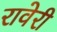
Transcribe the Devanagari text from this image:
रावेरी